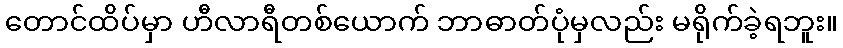
တောင်ထိပ်မှာ ဟီလာရီတစ်ယောက် ဘာဓာတ်ပုံမှလည်း မရိုက်ခဲ့ရဘူး။